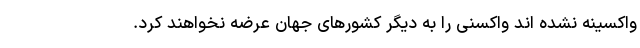
واکسینه نشده اند واکسنی را به دیگر کشورهای جهان عرضه نخواهند کرد.